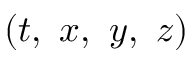
\left( t , ~ x , ~ y , ~ z \right)